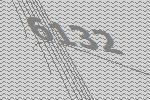
6132